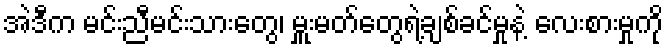
အဲဒီက မင်းညီမင်းသားတွေ၊ မှူးမတ်တွေရဲ့ချစ်ခင်မှုနဲ့ လေးစားမှုကို